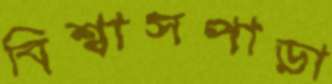
বিশ্বাসপাড়া